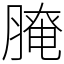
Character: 𦞴